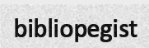
bibliopegist